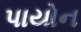
પાયોન